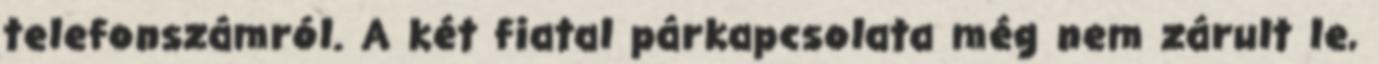
telefonszámról. A két fiatal párkapcsolata még nem zárult le,